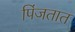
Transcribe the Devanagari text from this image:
पिंजतात